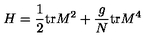
H = \frac { 1 } { 2 } \mathrm { t r } M ^ { 2 } + \frac { g } { N } \mathrm { t r } M ^ { 4 }